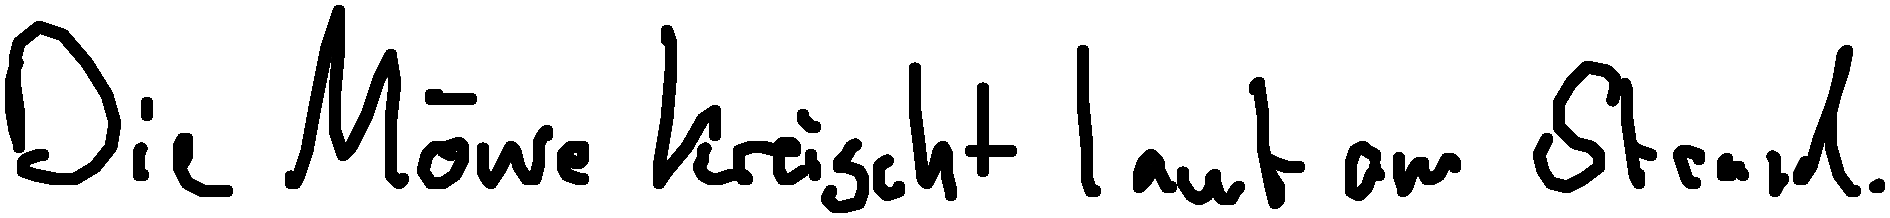
Die Möwe kreischt laut am Strand.